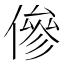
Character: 傪